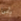
يأبى